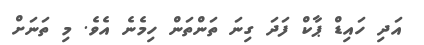
އަދި ހައިޑް ޕާކް ފަދަ ގިނަ ތަންތަން ހިމެނެ އެވެ. މި ތަނަށް